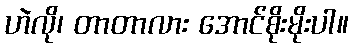
ဟဲလို၊ တာတာလား အောင်စိုးမိုးပါ။